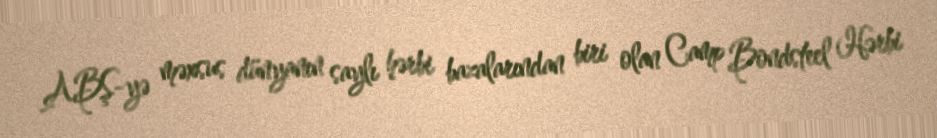
ABŞ-yə məxsus dünyanın saylı hərbi bazalarından biri olan Camp Bondsteel Hərbi